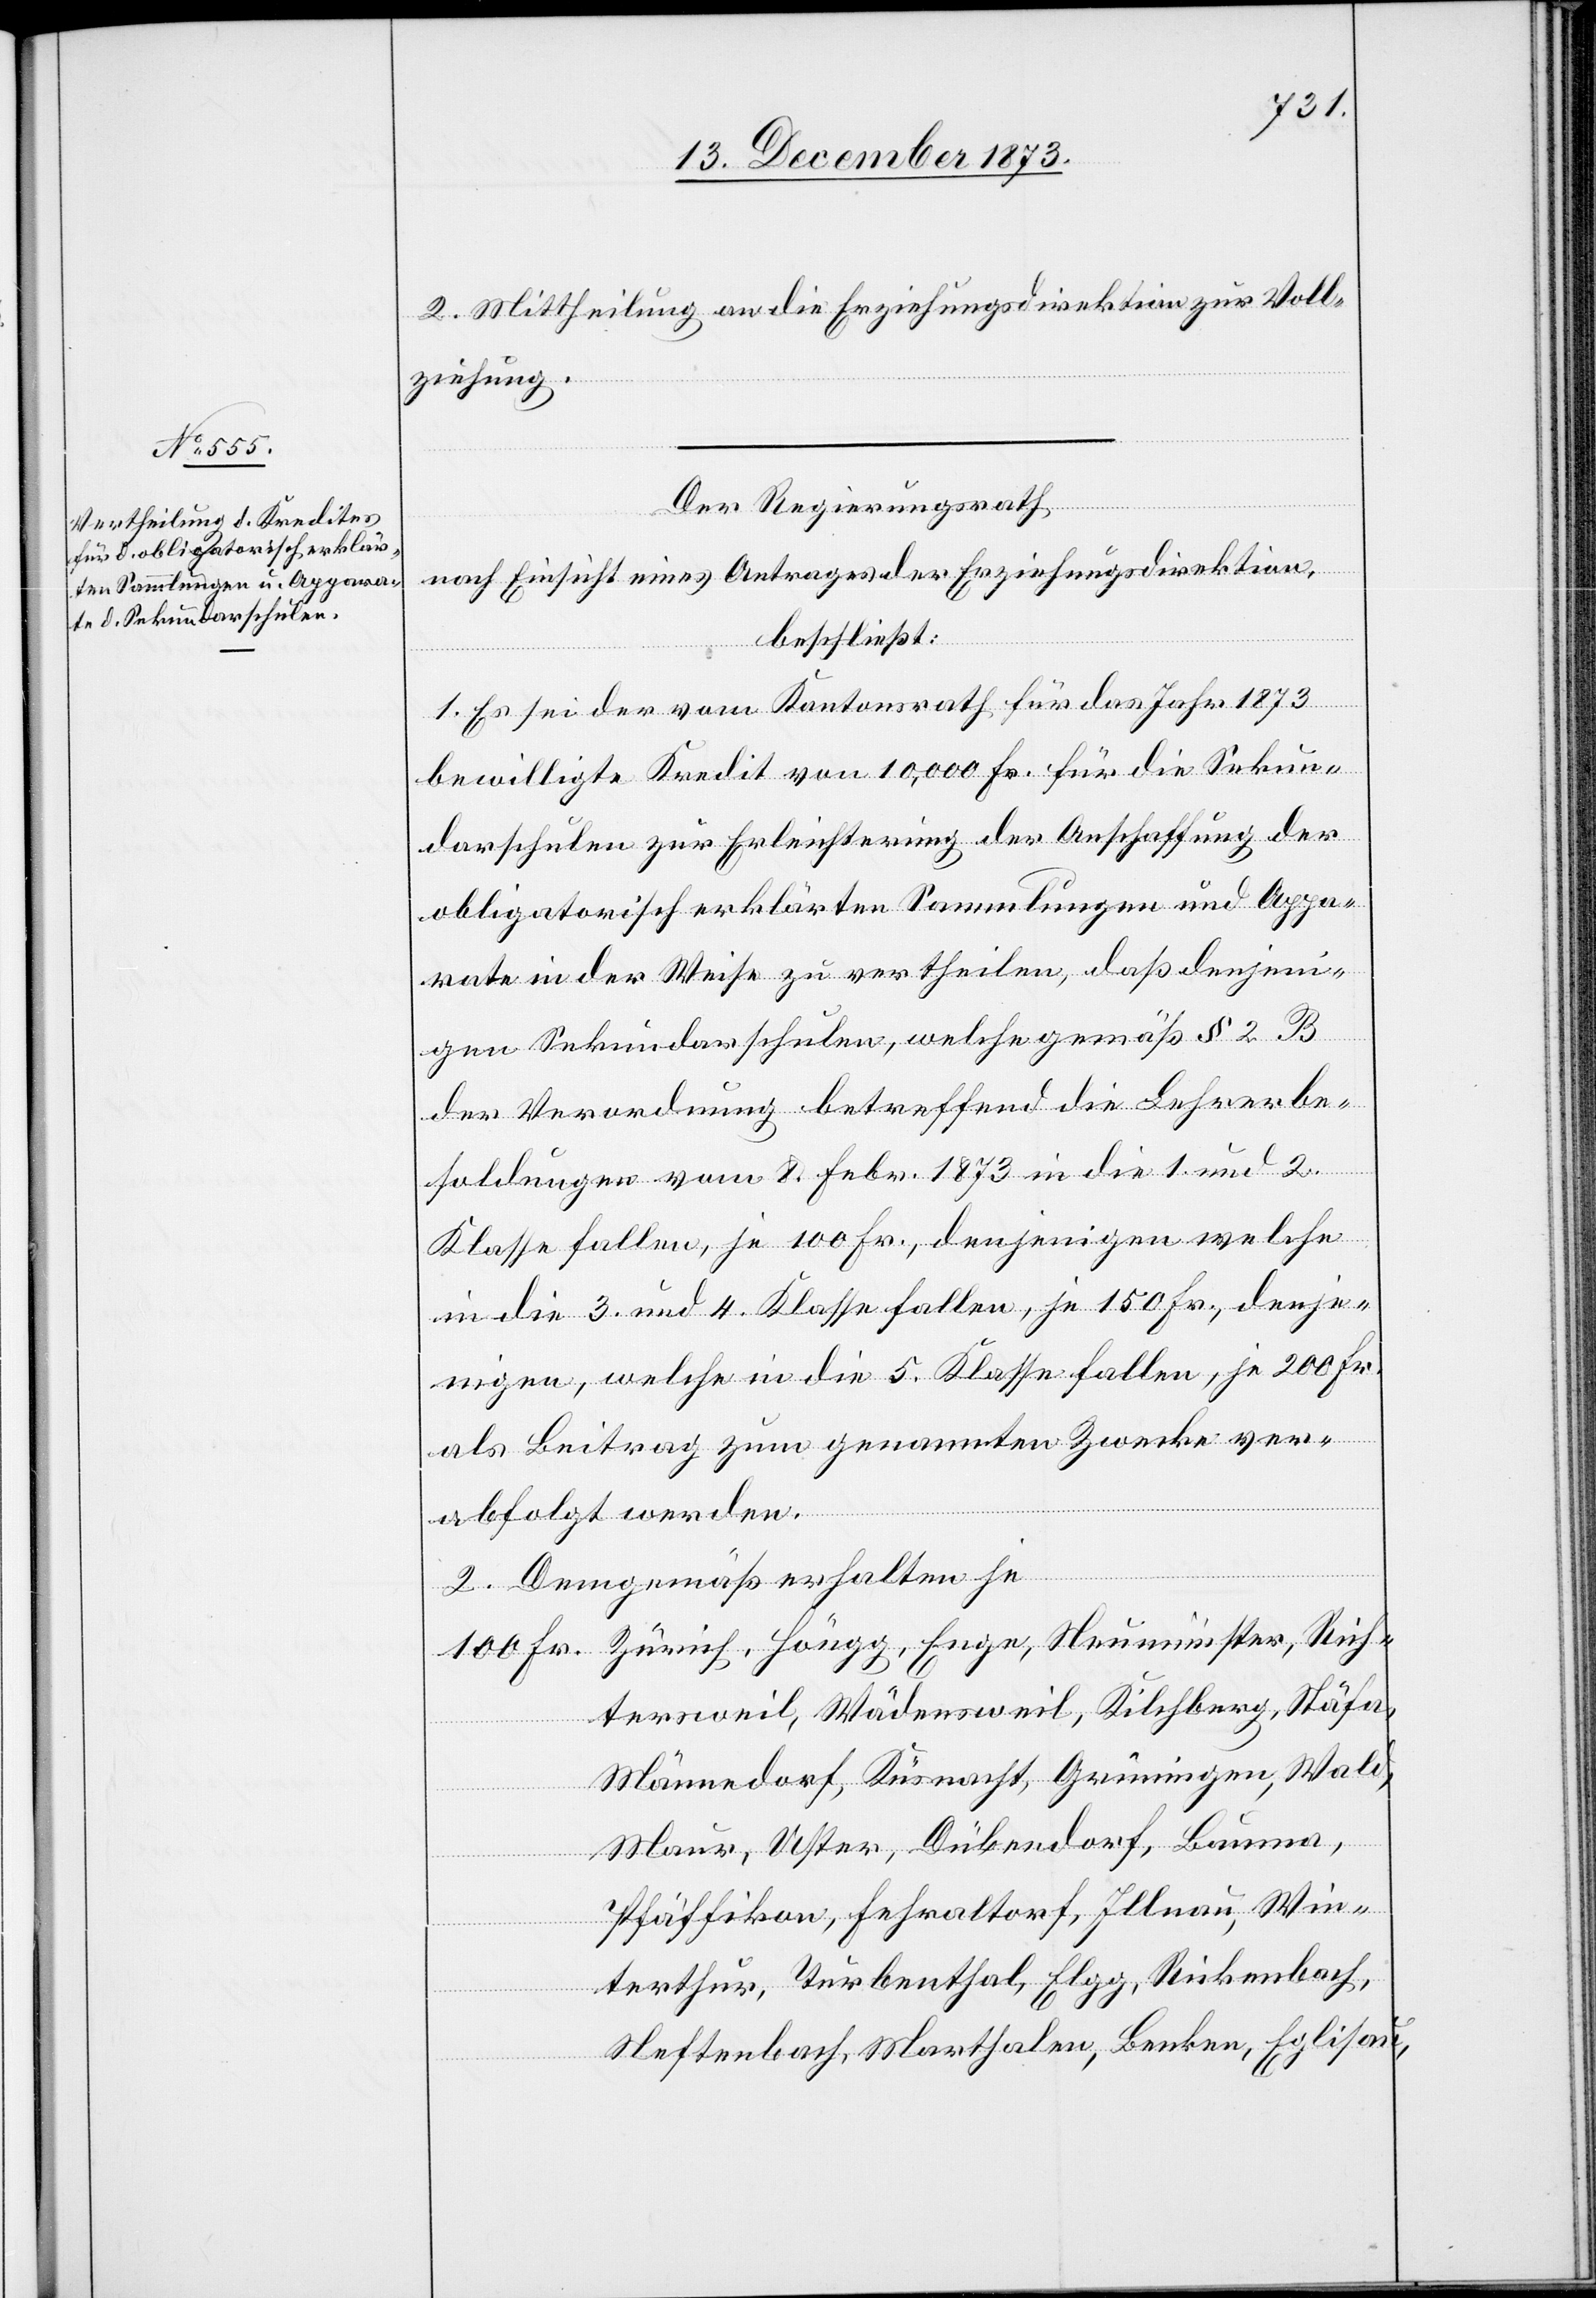
100
2. Mittheilung an die Erziehungsdirektion zur Voll¬
ziehung.
Der Regierungsrath
nach Einsicht eines Antrages der Erziehungsdirektion,
beschließt:
1. Es sei der vom Kantonsrath für das Jahr 1873
bewilligte Kredit von 10,000 Fr. für die Sekun¬
darschulen zur Erleichterung der Anschaffung der
obligatorisch erklärten Sammlungen und Appa¬
rate in der Weise zu vertheilen, daß denjeni¬
gen Sekundarschulen, welche gemäß § 2 B
der Verordnung betreffend die Lehrerbe¬
soldungen vom 8. Febr. 1873 in die 1. und 2.
Klasse fallen, je 100 Fr., denjenigen welche
in die 3. und 4. Klasse fallen, je 150 Fr., denje¬
nigen, welche in die 5. Klasse fallen, je 200 Fr.
als Beitrag zum genannten Zwecke ver¬
Rich¬
abfolgt werden.
2. Demgemäß erhalten je
tersweil, Wädensweil, Kilchberg, Stäfa,
Männedorf, Küsnacht, Grüningen, Wald,
Maur, Uster, Dübendorf, Bauma,
Pfäffikon, Fehraltorf, Illnau, Win¬
terthur, Turbenthal, Elgg, Rickenbach,
Neftenbach, Marthalen, Benken, Eglisau,